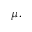
\mu .